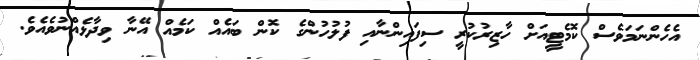
އެހެންނަމަވެސް ކޮމެޓީއަށް ހާޒިރުކުރީ ސިފައިންނާއި ފުލުހުންގެ ކޮން ބައެއް ކަމެއް އޭނާ ވިދާޅެއްނުވެއެވެ.